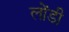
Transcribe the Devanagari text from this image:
लोंडी